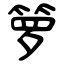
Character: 箩